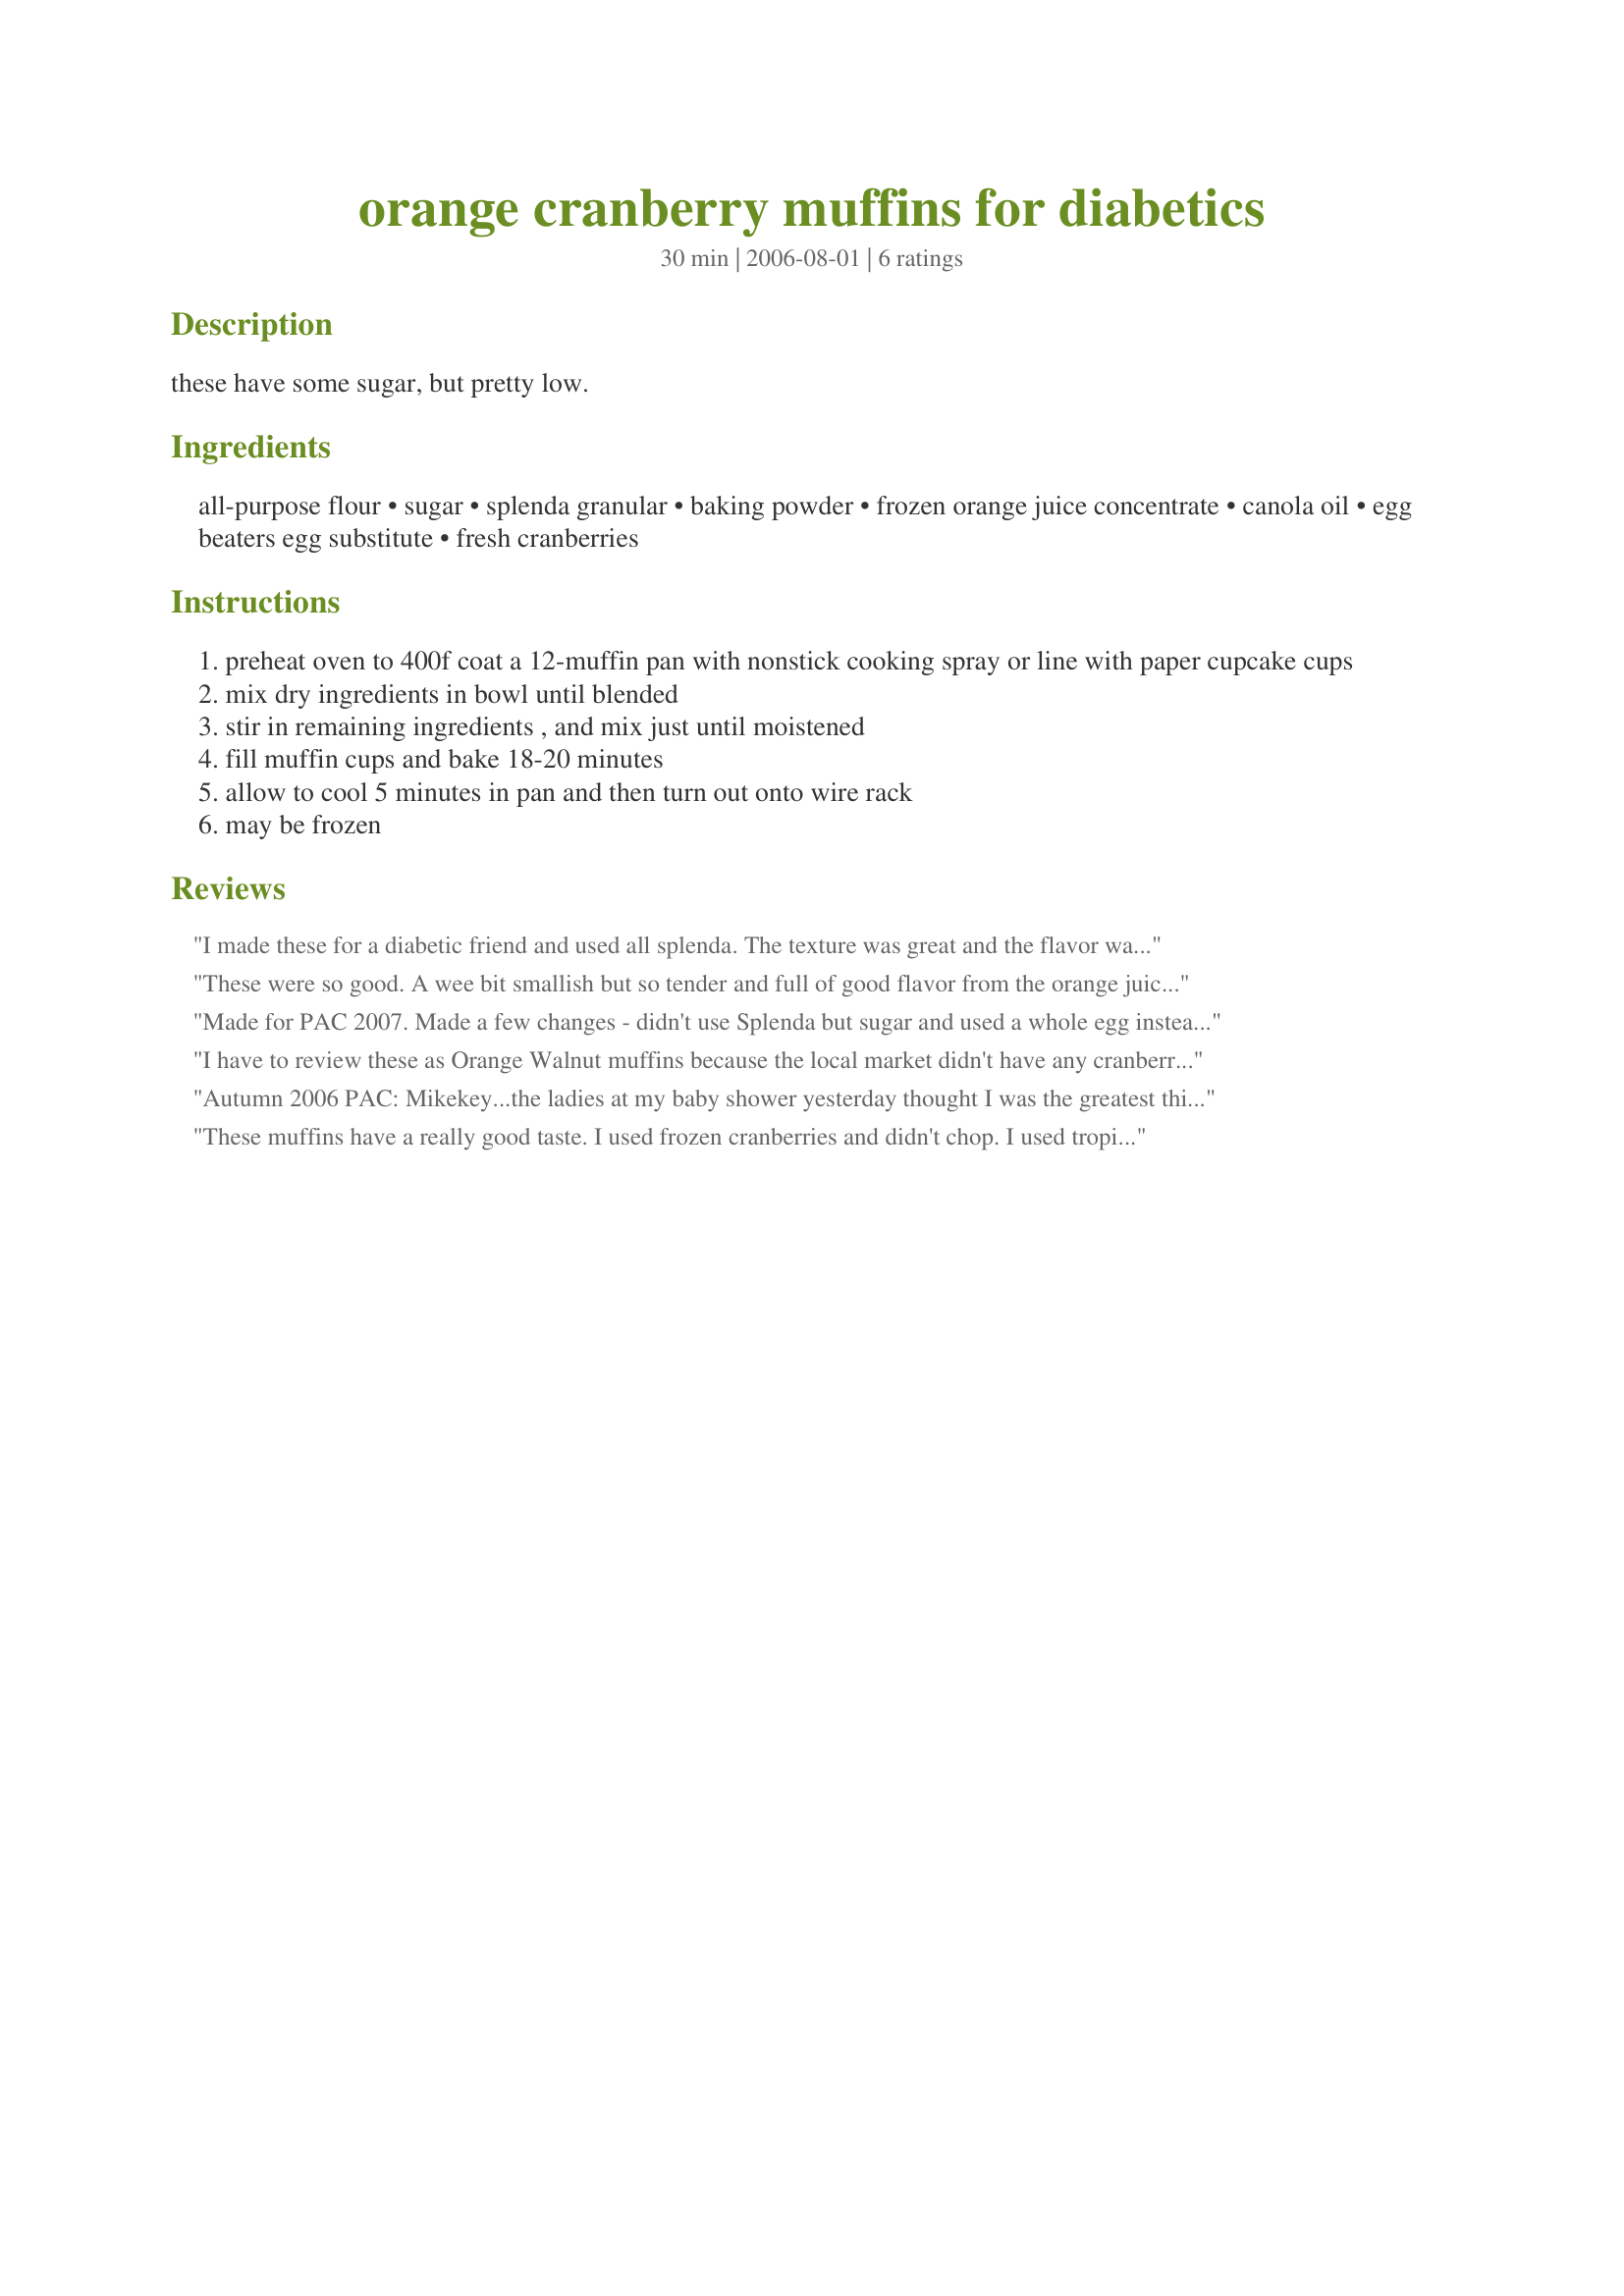
orange cranberry muffins for diabetics
Preparation time: 30 minutes

these have some sugar, but pretty low.

Ingredients:
all-purpose flour, sugar, splenda granular, baking powder, frozen orange juice concentrate, canola oil, egg beaters egg substitute, fresh cranberries

Steps:
preheat oven to 400f coat a 12-muffin pan with nonstick cooking spray or line with paper cupcake cups
mix dry ingredients in bowl until blended
stir in remaining ingredients , and mix just until moistened
fill muffin cups and bake 18-20 minutes
allow to cool 5 minutes in pan and then turn out onto wire rack
may be frozen

Reviews:
I made these for a diabetic friend and used all splenda. The texture was great and the flavor was very good--though (of course) the muffins had an aftertaste from the Splenda. (I also made a full sugar batch for myself which were great!) Thank you!
These were so good. A wee bit smallish but so tender and full of good flavor from the orange juice accented with a nice tang from the fresh cranberries. There was also no Splenda taste - always a bonus. I used egg whites instead of egg beaters out of availability. Cut the fat further by replacing half the oil with skim buttermilk. Can't wait to bring these in the office to share with a diabetic co-worker. Thanks.
Made for PAC 2007. Made a few changes - didn't use Splenda but sugar and used a whole egg instead of egg beaters. Also, I thought I had orange juice concentrate... but I didn't - so used lemonade concentrate instead. The mixture was very thick, so added more concentrate! The muffins came out very dense (probably because of all of my changes!) but were very very tasty!! Thanks mikekey - will make this again with the right ingredients next time!! ;)
I have to review these as Orange Walnut muffins because the local market didn't have any cranberries, fresh or frozen, *shock*. All they had was canned cranberry sauce so I used chopped walnuts and I must say that I loved the result! I used a 1/2 cup of Splenda and 1/8 cup of Splenda Brown Sugar Blend. They came out looking just like Mikekeys' pic without the pink spots. I'm sorry for not being able to review it as written but on the other hand isn't it nice to know that they will adapt?
Autumn 2006 PAC:

Mikekey...the ladies at my baby shower yesterday thought I was the greatest thing in the world. Many of them are diabetic and couldn't have cake. Knowing this ahead of time, I made this muffin recipe for them. Instead of making 12, I used my mini muffin tin and cut back on the cooking time.

The freshness of the cranberry combined with the OJ was great. Not too sweet, not too tart.

I'm making another batch this afternoon for my dad and my grandmother who are both diabetic.

THANK YOU SO MUCH FOR SHARING THIS RECIPE. I'll be making these for years to come.
These muffins have a really good taste. I used frozen cranberries and didn't chop. I used tropicana orange juice. And instead of egg beaters, I used 2 eggs which gave me 1/2 cup. Thanks Mikekey :) Made for Photo tag game
